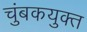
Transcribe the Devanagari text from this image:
चुंबकयुक्त